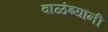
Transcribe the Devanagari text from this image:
वाळंब्यांनी